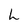
Character: h